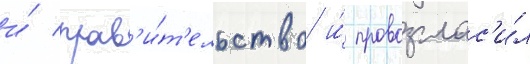
и́ прав'и́т'ельство и́ провозглас'и́л